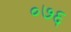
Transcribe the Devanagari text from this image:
०७६